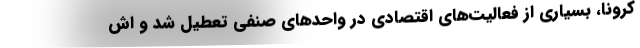
کرونا، بسیاری از فعالیت‌های اقتصادی در واحدهای صنفی تعطیل شد و اش